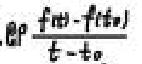
$a_{P}\frac {f(t)-f(t_{0})}{t - t_{0}}$